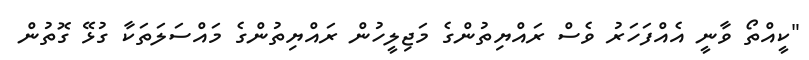
"ކީއްތޯ ވާނީ އެއްފަހަރު ވެސް ރައްޔިތުންގެ މަޖިލީހުން ރައްޔިތުންގެ މައްސަލަތަކާ ގުޅޭ ގޮތުން